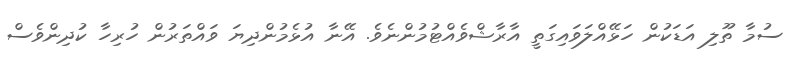
ސުމާ ތޫލި އަޑަކުން ހަޅޭއްލަވައިގަތީ އާރާޝްވެއްޓުމުންނެވެ. އޭނާ އުޅެމުންދިޔަ ވައްތަރުން ހުރިހާ ކުދިންވެސް